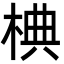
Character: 椣